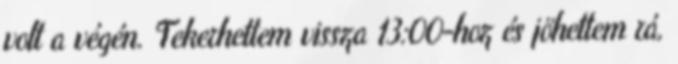
volt a végén. Tekerhettem vissza 13:00-hoz és jöhettem rá,